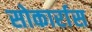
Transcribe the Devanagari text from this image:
सोकार्रास